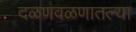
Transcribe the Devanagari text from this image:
दळणवळणातल्या